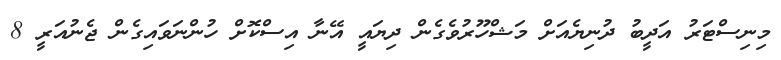
މިނިސްޓަރު އަދީބު ދުނިޔެއަށް މަޝްހޫރުވެގެން ދިޔައީ އޭނާ އިސްކޮށް ހުންނަވައިގެން ޖެނުއަރީ 8